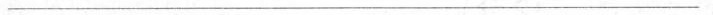
___